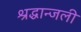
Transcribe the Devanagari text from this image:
श्रद्धान्जली